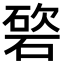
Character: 𥔩